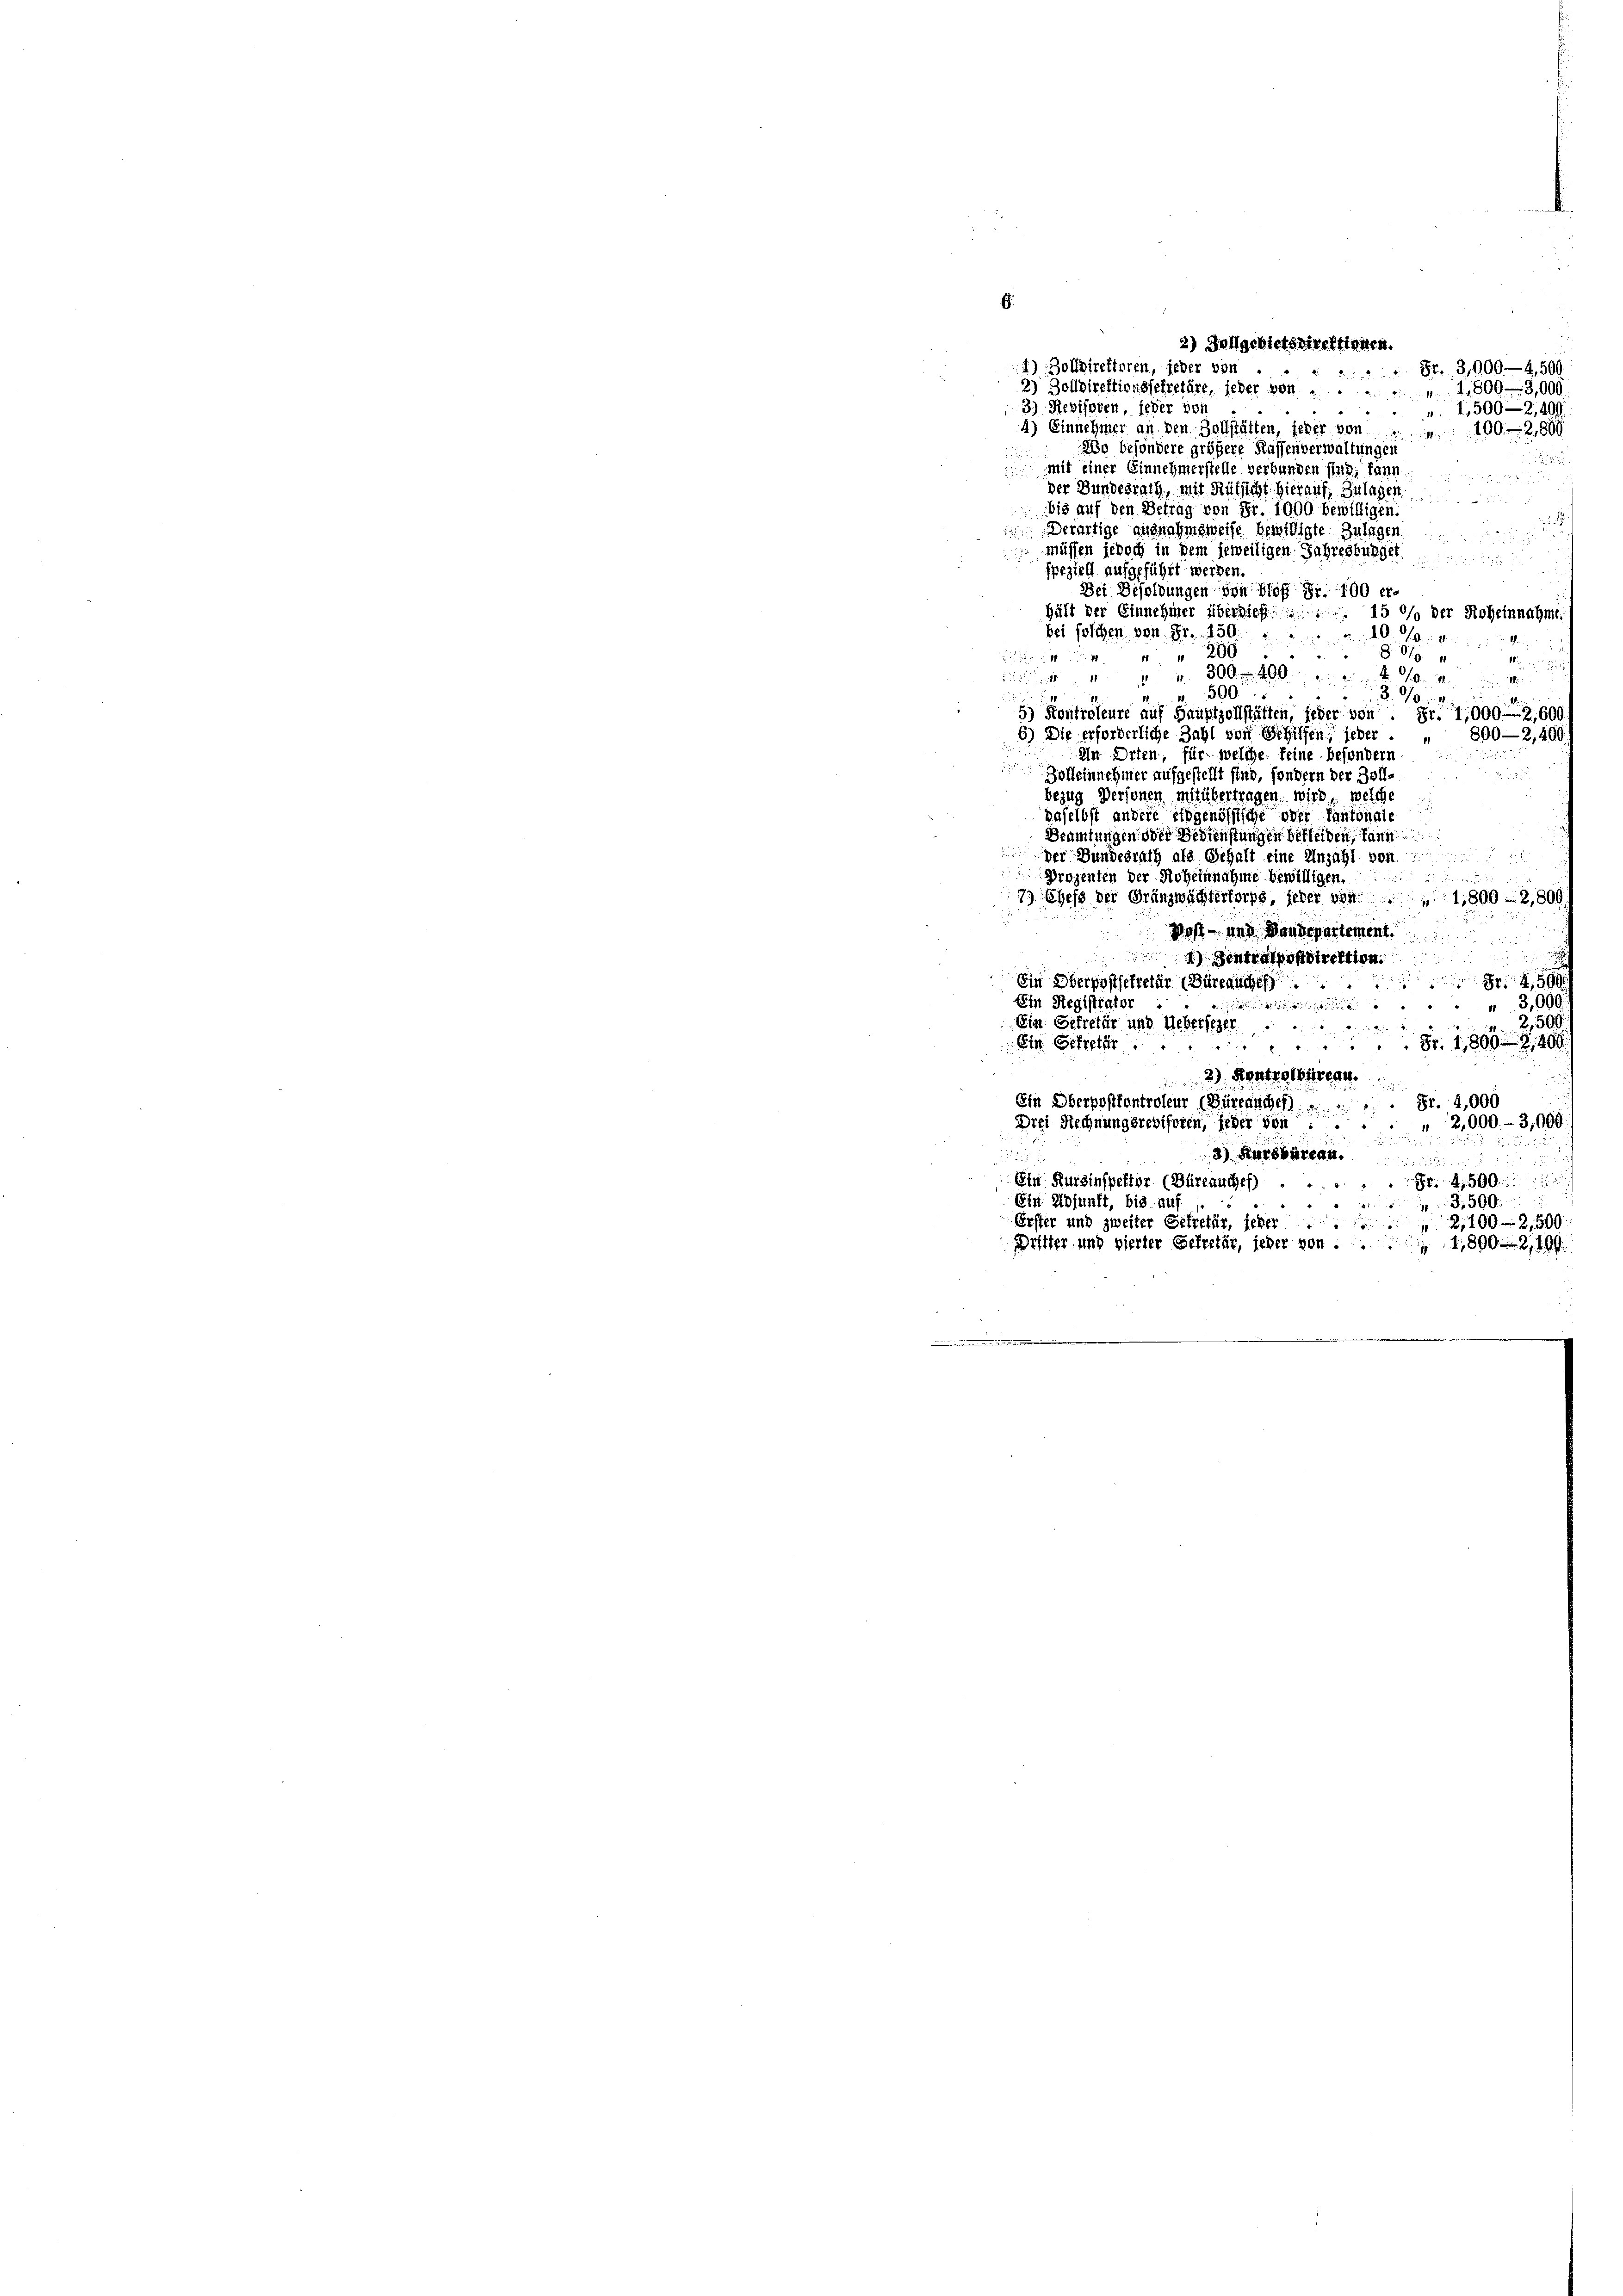
2) Dengebietsdirektionen.
4) Zolldirektoren, jeder von
2) Zolldirektionssekretäre, jeder von 1,800 - 30
3) Revisoren, jeder von
4) Einnehmer an den Zollstätten, jeher von
zig besondere größere Kassenverwaltungen
mit einer Einnehmerstelle verbunden sind, kann

der Bundesrath, mit Rütsicht hierauf, Zulagen.
bis auf den Betrag von Fr. 1000 bewilligen.
Derartige ausnahmsweise bewilligte Zulag

 müssen jedoch in dem jeweiligen Jahresburge
speziell aufgeführt werden.
Dei Besoldungen von Blof Fr. 100 erhält der Einnehmer überdieß
15 % der Roheinnahme
bei solchen von Fr. 150.
100
200
x
/0
4 " " 4300 f 400
g
3.10.1
g
5) Kontroleure auf Hauptzollstätten, jeder vor
Fr. 7,000. 12,600
6) Die erforderliche Zahl von Schiffen jeher
800—2,4
In Orten, für welche feine besonder
Bolleinnehmer aufgestellt sind, sondern der
e
bezug Personen mit übertragen, wird, welche
daselbst andere Eidgenössische oder Canton
Beamtungen oder Bedienstungen bekleiden,
der Bundesrath als Gehalt eine Anzahl von
Prozenten der Hoheinnahme bewilligen.
79 Chefs der Gränzwächtertorps, jeder vor
1,800 2,800
Post- und Baudepartemen
4) Zentrafpoli
Ein Oberpostsekretär (Büreauches

Ein Registrator
3,0

Ein Gefretär und Ueberfeger
Ein Getreter
Fr. 1888
4
2) Kontretbare
Ein Oberpostkontroleur (Bürenscheh
Fr. 4,000
2,000.- 3,91
Drei Rechnungsrevisoren, jeder von
3) Kursburea
223
Ein Kurzinspektor (Büreauches)
Fr. 250
Ein Adjunft, bis auf
3.50
Erster und zweiter Gekretär, jeder
2,100-2,500
Dritter und vierter Gekretär, jeder von
1,8002, 199.

Fr. 3,0004,51

1,500—2,41
100. 289